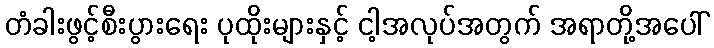
တံခါးဖွင့်စီးပွားရေး ပုထိုးများနှင့် ငါ့အလုပ်အတွက် အရာတို့အပေါ်